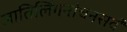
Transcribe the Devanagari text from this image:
जातिलिंगनांचनसर्वं